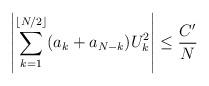
LaTeX: \begin{align*}\left|\sum_{k=1}^{\lfloor{N/2}\rfloor} (a_k+a_{N-k}) U_k^2\right| \leq \frac{C'}{N}\end{align*}